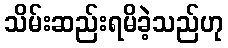
သိမ်းဆည်းရမိခဲ့သည်ဟု